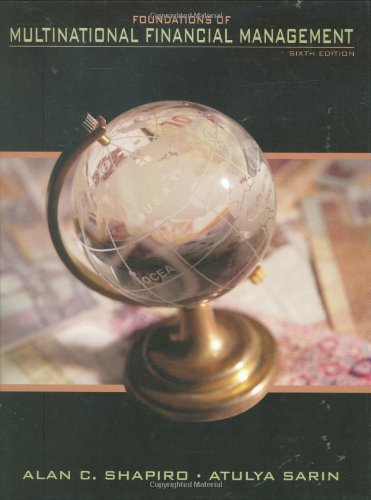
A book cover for Foundations of Multinational Financial Management; Alan C. Shapiro; Business & Money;